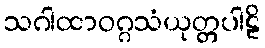
သဂါထာဝဂ္ဂသံယုတ္တပါဠိ